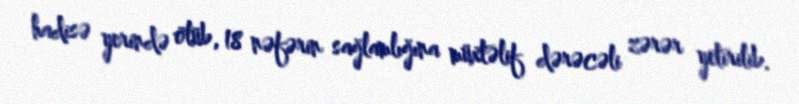
hadisə yerində ölüb, 18 nəfərin sağlamlığına müxtəlif dərəcəli zərər yetirilib.